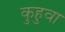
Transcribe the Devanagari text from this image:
कुहुवा